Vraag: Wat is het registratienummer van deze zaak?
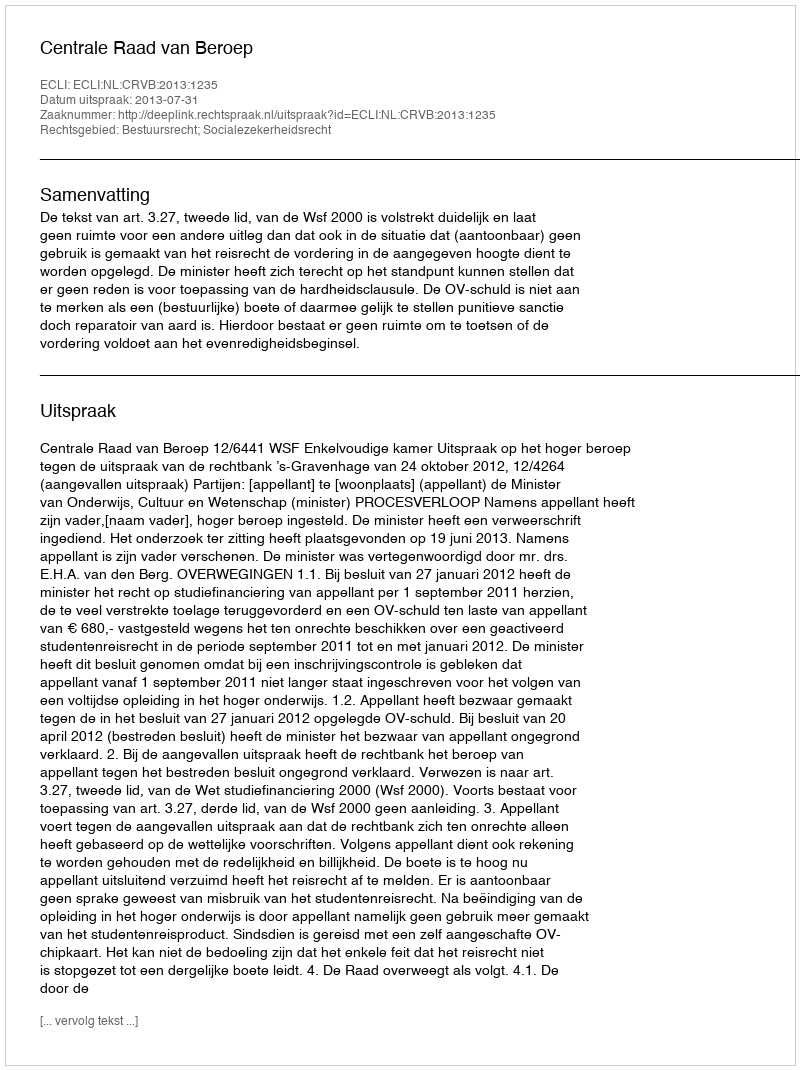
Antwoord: http://deeplink.rechtspraak.nl/uitspraak?id=ECLI:NL:CRVB:2013:1235